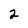
Character: 2